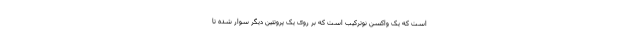
است که یک واکسن نوترکیب است که بر روی یک پروتئین دیگر سوار شده تا